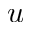
u